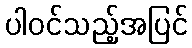
ပါဝင်သည့်အပြင်